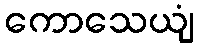
ကောသေယျံ